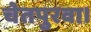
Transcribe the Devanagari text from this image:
चेतपुरवा।